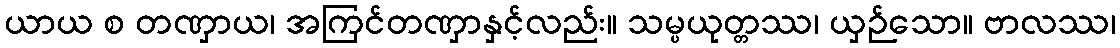
ယာယ စ တဏှာယ၊ အကြင်တဏှာနှင့်လည်း။ သမ္ပယုတ္တဿ၊ ယှဉ်သော။ ဗာလဿ၊